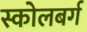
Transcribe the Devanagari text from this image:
स्कोलबर्ग